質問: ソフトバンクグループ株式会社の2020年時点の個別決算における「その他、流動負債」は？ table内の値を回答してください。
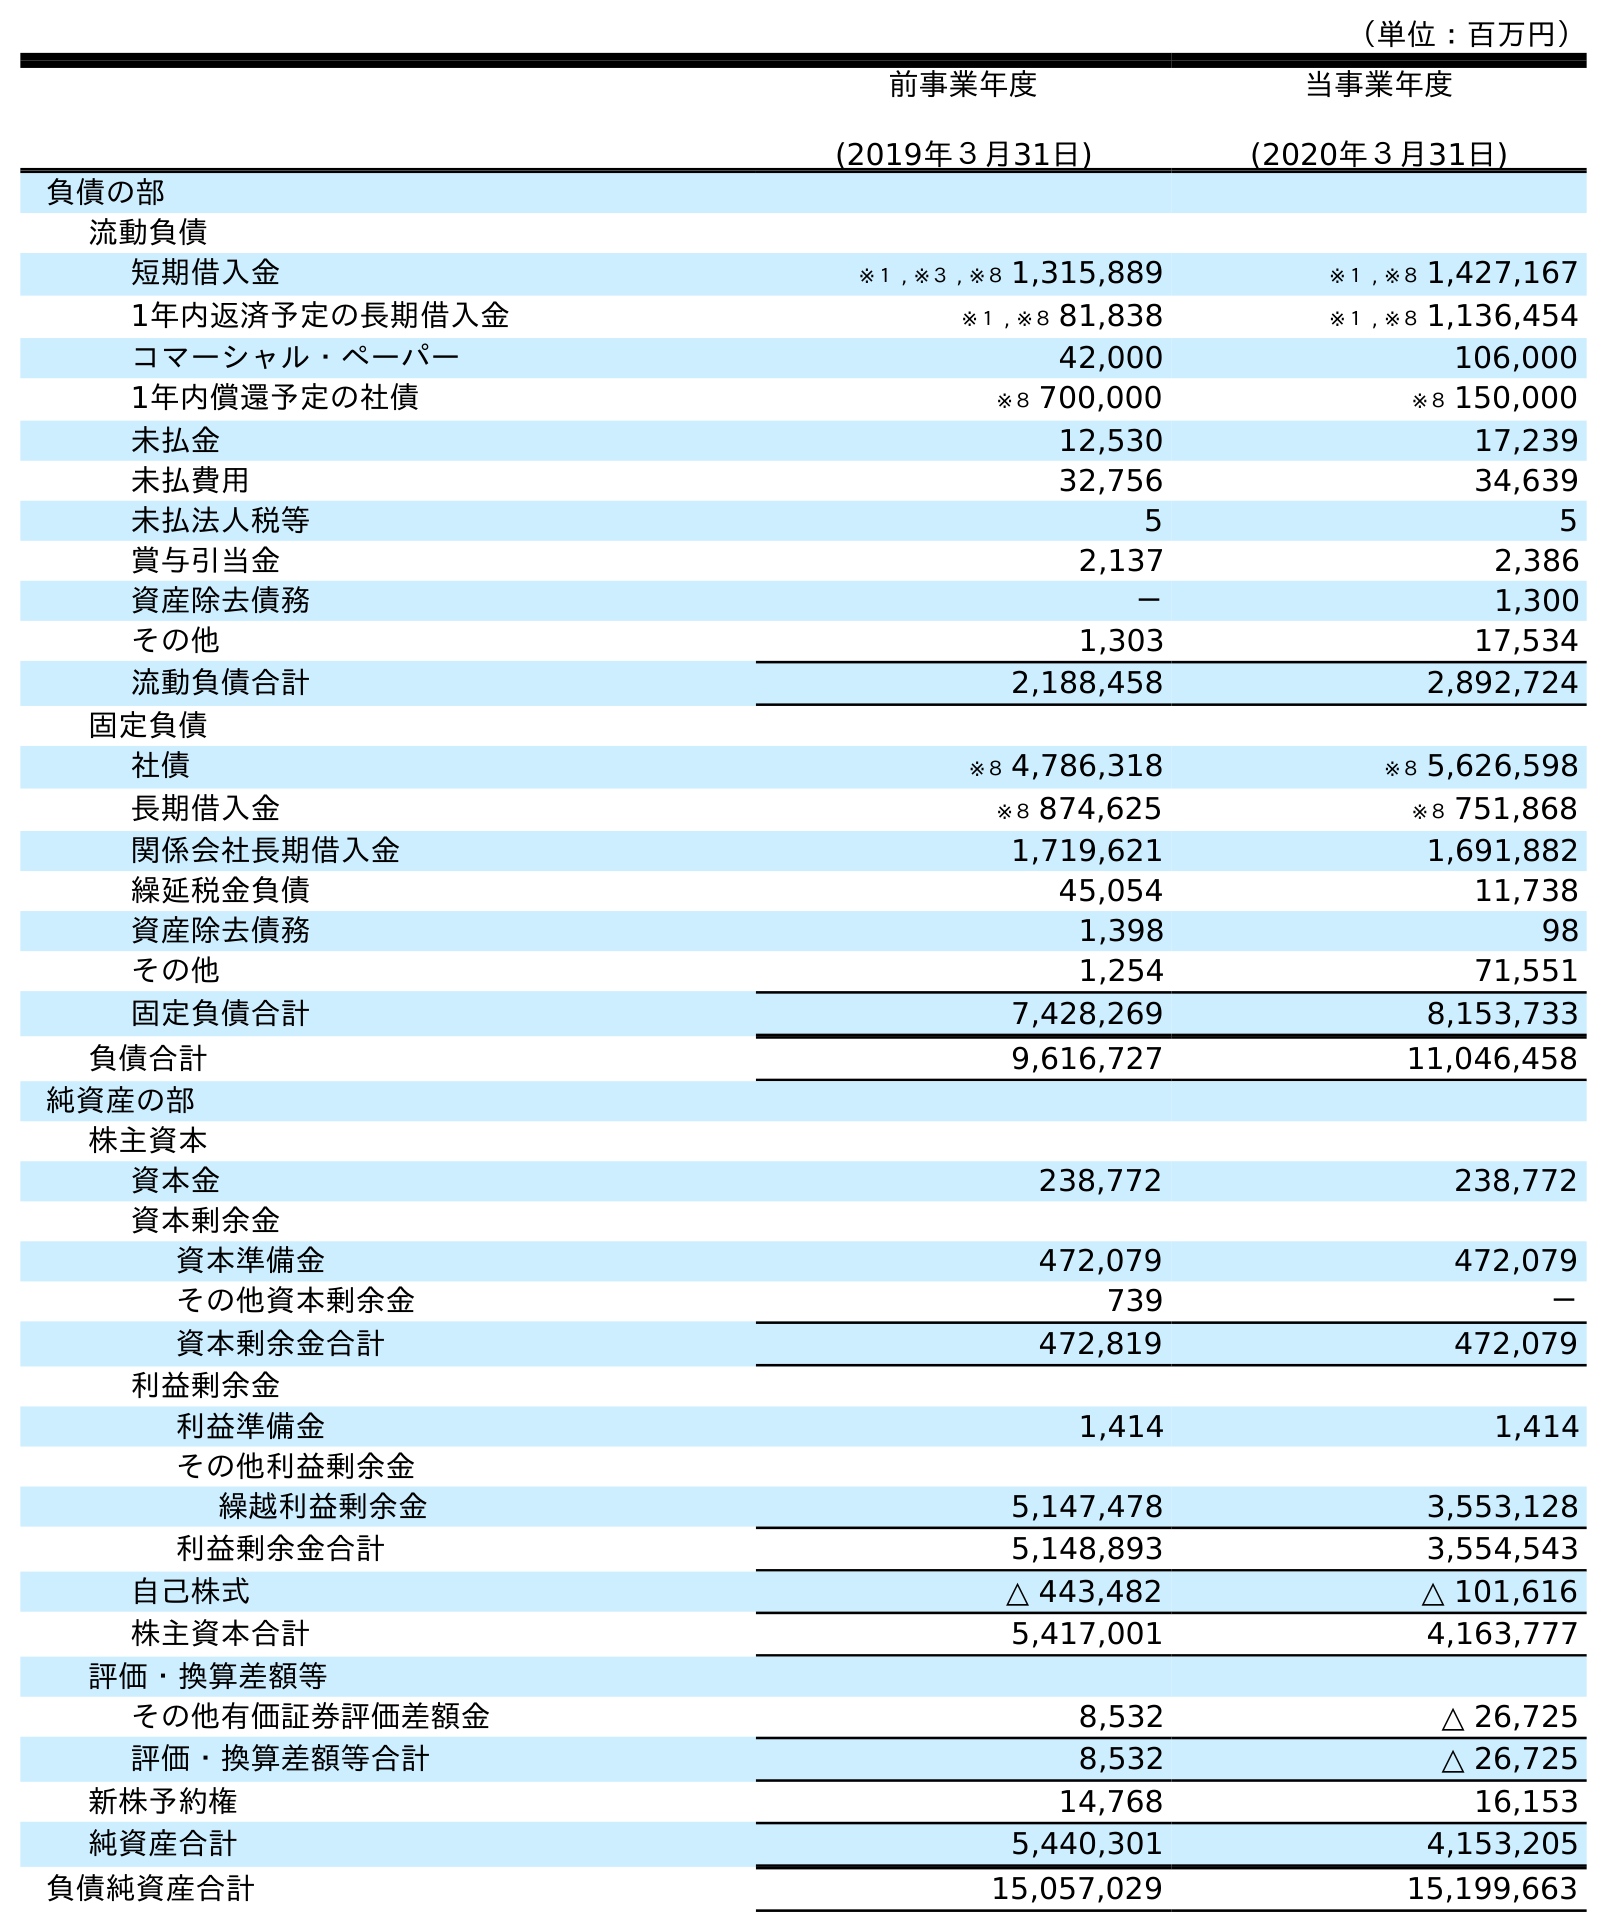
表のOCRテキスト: （単位：百万円） 前事業年度 (2019年３月31日) 当事業年度 (2020年３月31日) 負債の部 流動負債 短期借入金 ※１ , ※３ , ※８ 1,315,889 ※１ , ※８ 1,427,167 1年内返済予定の長期借入金 ※１ , ※８ 81,838 ※１ , ※８ 1,136,454 コマーシャル・ペーパー 42,000 106,000 1年内償還予定の社債 ※８ 700,000 ※８ 150,000 未払金 12,530 17,239 未払費用 32,756 34,639 未払法人税等 5 5 賞与引当金 2,137 2,386 資産除去債務 － 1,300 その他 1,303 17,534 流動負債合計 2,188,458 2,892,724 固定負債 社債 ※８ 4,786,318 ※８ 5,626,598 長期借入金 ※８ 874,625 ※８ 751,868 関係会社長期借入金 1,719,621 1,691,882 繰延税金負債 45,054 11,738 資産除去債務 1,398 98 その他 1,254 71,551 固定負債合計 7,428,269 8,153,733 負債合計 9,616,727 11,046,458 純資産の部 株主資本 資本金 238,772 238,772 資本剰余金 資本準備金 472,079 472,079 その他資本剰余金 739 － 資本剰余金合計 472,819 472,079 利益剰余金 利益準備金 1,414 1,414 その他利益剰余金 繰越利益剰余金 5,147,478 3,553,128 利益剰余金合計 5,148,893 3,554,543 自己株式 △ 443,482 △ 101,616 株主資本合計 5,417,001 4,163,777 評価・換算差額等 その他有価証券評価差額金 8,532 △ 26,725 評価・換算差額等合計 8,532 △ 26,725 新株予約権 14,768 16,153 純資産合計 5,440,301 4,153,205 負債純資産合計 15,057,029 15,199,663
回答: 17,534